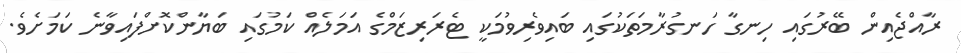
ރާއްޖެއިން ބޭރުގައި ހިނގާ ހަނގުރާމަތަކުގައި ބައިވެރިވުމަކީ ޓެރަރިޒަމްގެ އަމަލެއް ކަމުގައި ބަޔާންކޮށްފައިވާނެ ކަމަށެވެ.